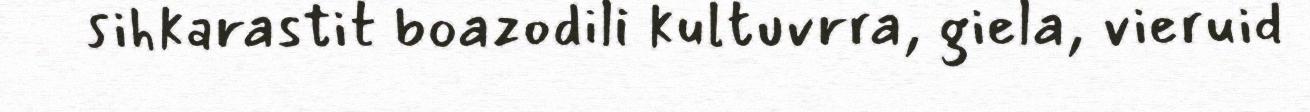
sihkarastit boazodili kultuvrra, giela, vieruid